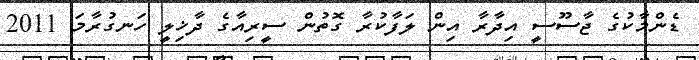
ޑެންމާކުގެ ޖާސޫސީ އިދާރާ އިން ލަފާކުރާ ގޮތުން ސީރިއާގެ ދާޚިލީ ހަނގުރާމަ 2011